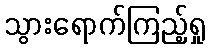
သွားရောက်ကြည့်ရှု